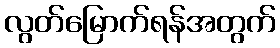
လွတ်မြောက်ရန်အတွက်